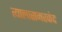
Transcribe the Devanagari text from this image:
त्यालासमरकंद